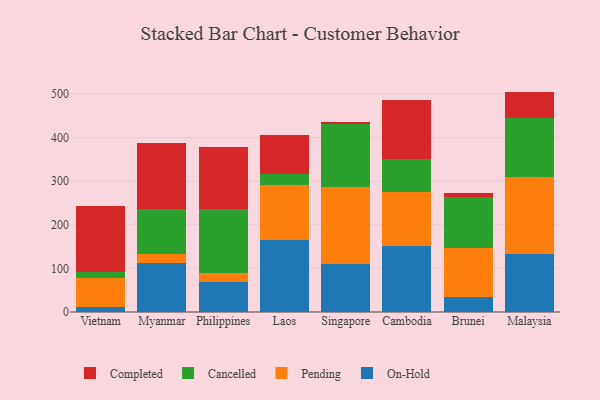
{"axis": {"x": "Country", "y": "Production Output"}, "legend": ["Cancelled", "Completed", "On-Hold", "Pending"], "data": [{"x": "Vietnam", "y": 10.4, "type": "On-Hold"}, {"x": "Vietnam", "y": 68.4, "type": "Pending"}, {"x": "Vietnam", "y": 13.3, "type": "Cancelled"}, {"x": "Vietnam", "y": 151.6, "type": "Completed"}, {"x": "Myanmar", "y": 112.7, "type": "On-Hold"}, {"x": "Myanmar", "y": 19.8, "type": "Pending"}, {"x": "Myanmar", "y": 103.1, "type": "Cancelled"}, {"x": "Myanmar", "y": 153.1, "type": "Completed"}, {"x": "Philippines", "y": 68.8, "type": "On-Hold"}, {"x": "Philippines", "y": 19.6, "type": "Pending"}, {"x": "Philippines", "y": 148.0, "type": "Cancelled"}, {"x": "Philippines", "y": 141.0, "type": "Completed"}, {"x": "Laos", "y": 164.2, "type": "On-Hold"}, {"x": "Laos", "y": 126.7, "type": "Pending"}, {"x": "Laos", "y": 24.7, "type": "Cancelled"}, {"x": "Laos", "y": 89.5, "type": "Completed"}, {"x": "Singapore", "y": 111.2, "type": "On-Hold"}, {"x": "Singapore", "y": 174.5, "type": "Pending"}, {"x": "Singapore", "y": 144.5, "type": "Cancelled"}, {"x": "Singapore", "y": 6.7, "type": "Completed"}, {"x": "Cambodia", "y": 151.8, "type": "On-Hold"}, {"x": "Cambodia", "y": 122.8, "type": "Pending"}, {"x": "Cambodia", "y": 76.5, "type": "Cancelled"}, {"x": "Cambodia", "y": 134.9, "type": "Completed"}, {"x": "Brunei", "y": 34.1, "type": "On-Hold"}, {"x": "Brunei", "y": 112.2, "type": "Pending"}, {"x": "Brunei", "y": 117.2, "type": "Cancelled"}, {"x": "Brunei", "y": 10.5, "type": "Completed"}, {"x": "Malaysia", "y": 133.1, "type": "On-Hold"}, {"x": "Malaysia", "y": 177.5, "type": "Pending"}, {"x": "Malaysia", "y": 135.5, "type": "Cancelled"}, {"x": "Malaysia", "y": 59.4, "type": "Completed"}]}